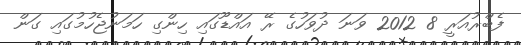
ފެބްރުއަރީ 8 2012 ވަނަ ދުވަހުގެ ރޭ އައްޑޫގައި ހިންގި ހަމަނުޖެހުމުގައި ގަން